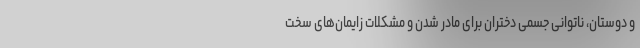
و دوستان، ناتوانی جسمی دختران برای مادر شدن و مشکلات زایمان‌های سخت